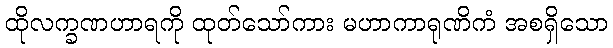
ထိုလက္ခဏဟာရကို ထုတ်သော်ကား မဟာကာရုဏိကံ အစရှိသော